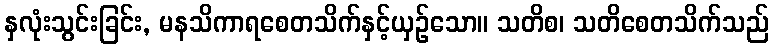
နှလုံးသွင်းခြင်း, မနသိကာရစေတသိက်နှင့်ယှဉ်သော။ သတိစ၊ သတိစေတသိက်သည်